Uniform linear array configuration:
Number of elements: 48
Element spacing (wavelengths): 0.75
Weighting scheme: kaiser
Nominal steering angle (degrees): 0
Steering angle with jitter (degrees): -1.57
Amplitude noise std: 0.05
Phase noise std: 0.05

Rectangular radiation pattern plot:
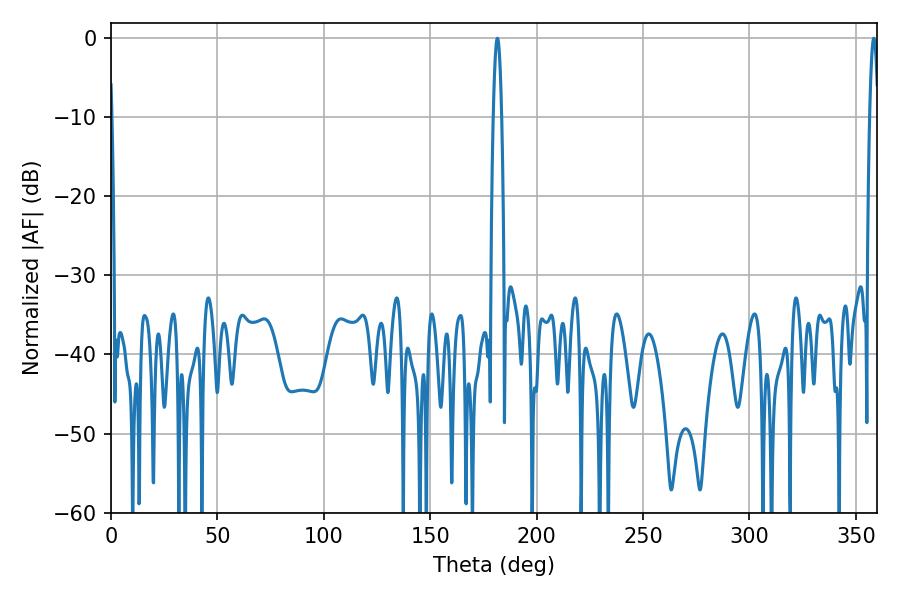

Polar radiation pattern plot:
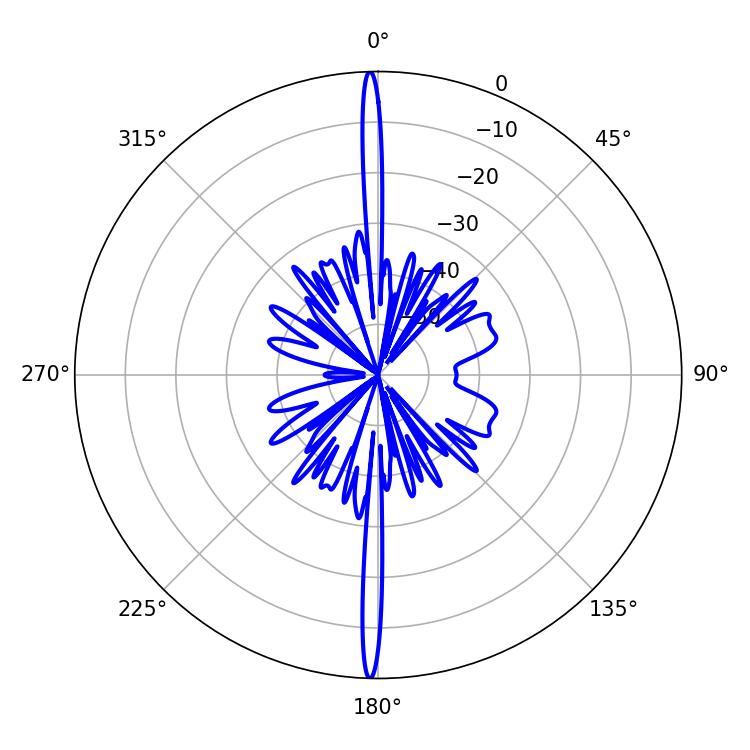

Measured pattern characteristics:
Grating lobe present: TRUE
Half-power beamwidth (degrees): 2.16
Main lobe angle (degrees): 181.62